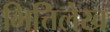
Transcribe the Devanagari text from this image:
भित्तिलेख